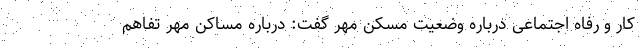
کار و رفاه اجتماعی درباره وضعیت مسکن مهر گفت: درباره مساکن مهر تفاهم